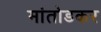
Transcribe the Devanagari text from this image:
मांतोडकर